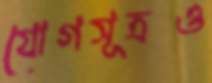
যোগসূত্রও